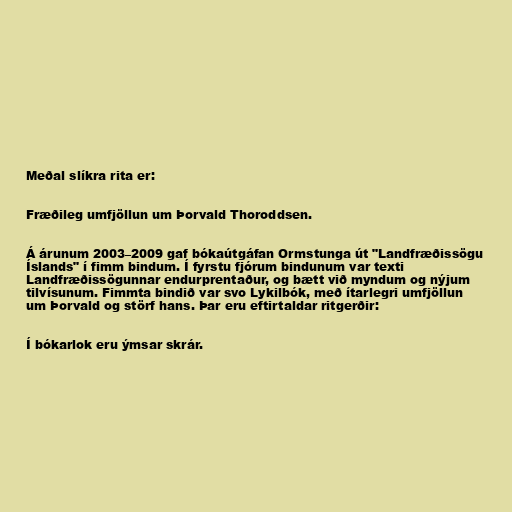
Meðal slíkra rita er:

Fræðileg umfjöllun um Þorvald Thoroddsen.

Á árunum 2003–2009 gaf bókaútgáfan Ormstunga út "Landfræðissögu
Íslands" í fimm bindum. Í fyrstu fjórum bindunum var texti
Landfræðissögunnar endurprentaður, og bætt við myndum og nýjum
tilvísunum. Fimmta bindið var svo Lykilbók, með ítarlegri umfjöllun
um Þorvald og störf hans. Þar eru eftirtaldar ritgerðir:

Í bókarlok eru ýmsar skrár.